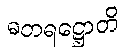
ဓတရဋ္ဌောတိ